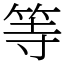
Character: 等